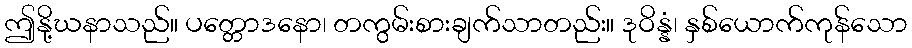
ဤနို့ဃနာသည်။ ပတ္တောဒနော၊ တကွမ်းစားချက်သာတည်း။ ဒုဝိန္နံ၊ နှစ်ယောက်ကုန်သော